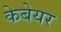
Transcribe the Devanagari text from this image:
केबेयर